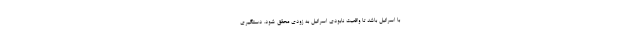
با اسرائیل باشد تا واقعیت نابودی اسرائیل به زودی محقق شود. دستگیری